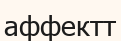
аффектт